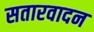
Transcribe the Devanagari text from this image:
सतारवादन